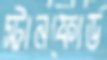
স্টানফোর্ড